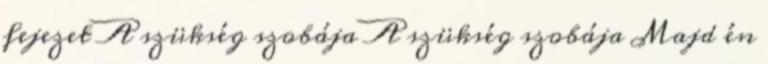
fejezet A szükség szobája A szükség szobája Majd én